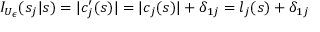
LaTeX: I _ { U _ { \epsilon } } ( s _ { j } | s ) = | c _ { j } ^ { \prime } ( s ) | = | c _ { j } ( s ) | + \delta _ { 1 j } = l _ { j } ( s ) + \delta _ { 1 j }